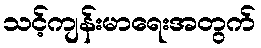
သင့်ကျန်းမာရေးအတွက်